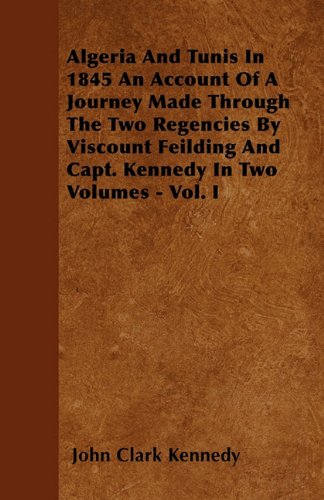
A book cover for Algeria And Tunis In 1845 An Account Of A Journey Made Through The Two Regencies By Viscount Feilding And Capt. Kennedy In Two Volumes - Vol. I; John Clark Kennedy; Travel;